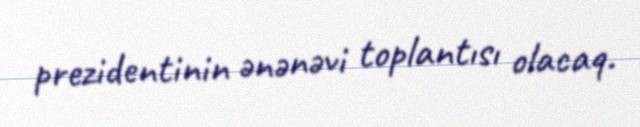
prezidentinin ənənəvi toplantısı olacaq.